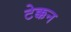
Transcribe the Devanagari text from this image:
टेक्कन